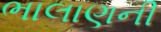
ભાલાણની